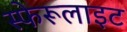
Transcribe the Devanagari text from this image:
स्फेरूलाइट